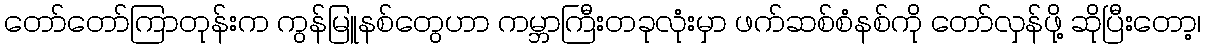
တော်တော်ကြာတုန်းက ကွန်မြူနစ်တွေဟာ ကမ္ဘာကြီးတခုလုံးမှာ ဖက်ဆစ်စံနစ်ကို တော်လှန်ဖို့ ဆိုပြီးတော့၊